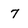
Character: 7